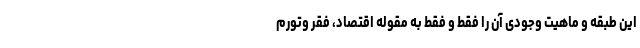
این طبقه و ماهیت وجودی آن را فقط و فقط به مقوله اقتصاد، فقر وتورم